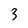
Character: 3